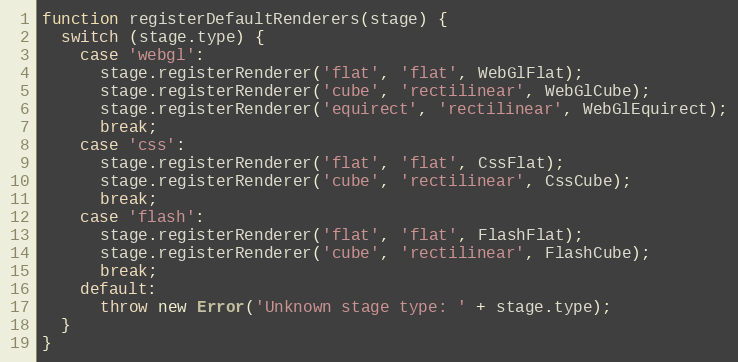
Language: JavaScript
function registerDefaultRenderers(stage) {
  switch (stage.type) {
    case 'webgl':
      stage.registerRenderer('flat', 'flat', WebGlFlat);
      stage.registerRenderer('cube', 'rectilinear', WebGlCube);
      stage.registerRenderer('equirect', 'rectilinear', WebGlEquirect);
      break;
    case 'css':
      stage.registerRenderer('flat', 'flat', CssFlat);
      stage.registerRenderer('cube', 'rectilinear', CssCube);
      break;
    case 'flash':
      stage.registerRenderer('flat', 'flat', FlashFlat);
      stage.registerRenderer('cube', 'rectilinear', FlashCube);
      break;
    default:
      throw new Error('Unknown stage type: ' + stage.type);
  }
}